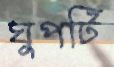
ঘুপটি